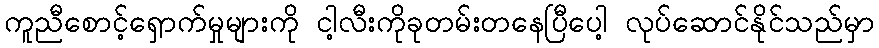
ကူညီစောင့်ရှောက်မှုများကို ငါ့လီးကိုခုတမ်းတနေပြီပေါ့ လုပ်ဆောင်နိုင်သည်မှာ